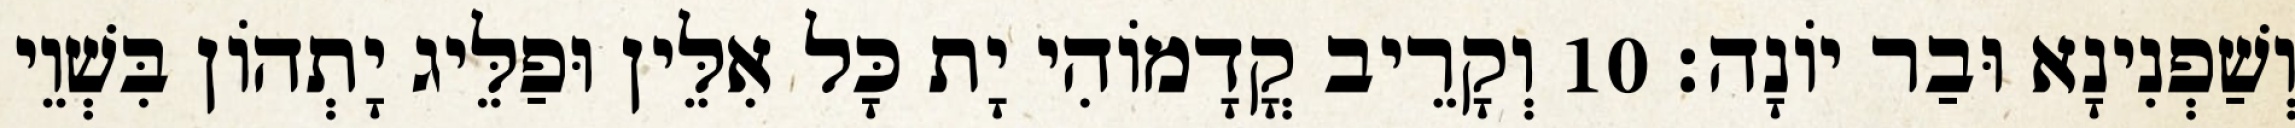
וְשַׁפְנִינָא וּבַר יוֹנָה׃ 10 וְקָרֵיב קֳדָמוֹהִי יָת כָּל אִלֵּין וּפַלֵּיג יָתְהוֹן בִּשְׁוֵי